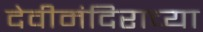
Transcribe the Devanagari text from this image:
देवीमंदिराच्या